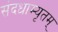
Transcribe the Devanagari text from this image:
संदधाम्यृतम्